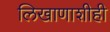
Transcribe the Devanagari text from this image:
लिखाणाशीही